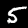
Label: 5